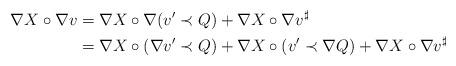
LaTeX: \begin{align*}\nabla X\circ \nabla v&=\nabla X \circ \nabla(v'\prec Q)+ \nabla X \circ \nabla v^\sharp\\&=\nabla X \circ (\nabla v'\prec Q)+\nabla X \circ(v'\prec \nabla Q)+\nabla X \circ \nabla v^\sharp\end{align*}